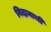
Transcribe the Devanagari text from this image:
निदानाची